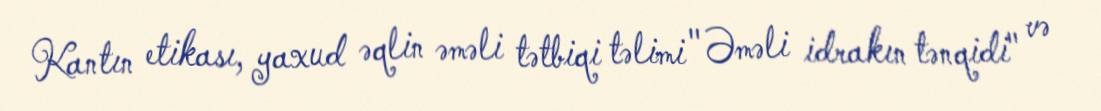
Kantın etikası, yaxud əqlin əməli tətbiqi təlimi "Əməli idrakın tənqidi" və